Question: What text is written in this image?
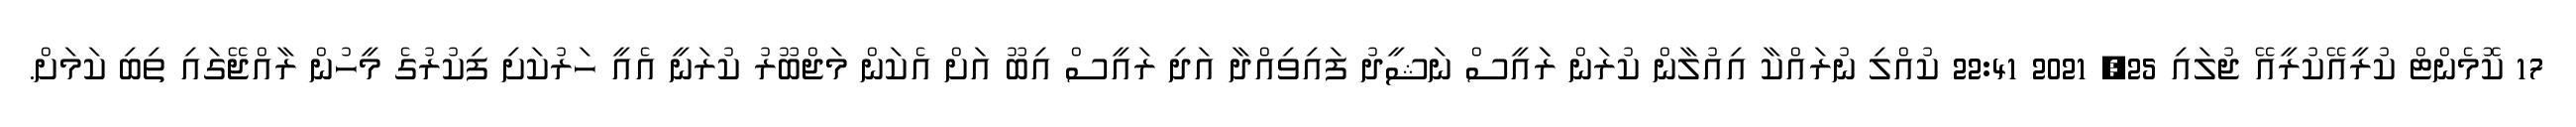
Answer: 17 ކޮމެންޓް ކުރީއޭކުރީއޭ ޖުލައި 25, 2021 22:41 ކުއްލި ނުރައްކާ އިއުލާން ކުރަން ރަައީސް ނަޝީދު ފައިވިއްދާ އަދި ރައީސް އިބޫ އަށް އެކަން މަޖްބޫރު ކުރަނީ އެއީ ހަރުކަށި ފިކުރުގެ މީހުން ރާއްޖޭގައި ތިބި ކަމަށް.